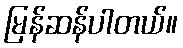
မြန်ဆန်ပါတယ်။